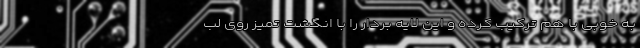
به خوبی با هم ترکیب کرده و این لایه بردار را با انگشت تمیز روی لب